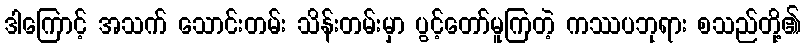
ဒါကြောင့် အသက် သောင်းတမ်း သိန်းတမ်းမှာ ပွင့်တော်မူကြတဲ့ ကဿပဘုရား စသည်တို့၏